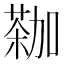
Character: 𫉕